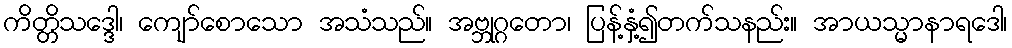
ကိတ္တိသဒ္ဒေါ၊ ကျော်စောသော အသံသည်။ အဗ္ဘုဂ္ဂတော၊ ပြန့်နှံ့၍တက်သနည်း။ အာယသ္မာနာရဒေါ၊